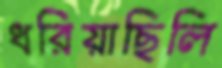
ধরিয়াছিলি